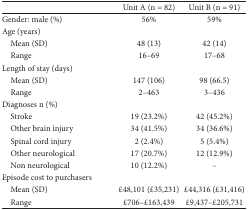
|  | Unit A (n = 82) | Unit B (n = 91) |
 | --- | --- | --- |
 | Gender: male (%) | 56% | 59% |
 | Age (years) |  |  |
 | Mean (SD) | 48 (13) | 42 (14) |
 | Range | 16–69 | 17–68 |
 | Length of stay (days) |  |  |
 | Mean (SD) | 147 (106) | 98 (66.5) |
 | Range | 2–463 | 3–436 |
 | Diagnoses n (%) |  |  |
 | Stroke | 19 (23.2%) | 42 (45.2%) |
 | Other brain injury | 34 (41.5%) | 34 (36.6%) |
 | Spinal cord injury | 2 (2.4%) | 5 (5.4%) |
 | Other neurological | 17 (20.7%) | 12 (12.9%) |
 | Non neurological | 10 (12.2%) | – |
 | Episode cost to purchasers |  |  |
 | Mean (SD) | £48,101 (£35,231) | £44,316 (£31,416) |
 | Range | £706–£163,439 | £9,437–£205,731 |